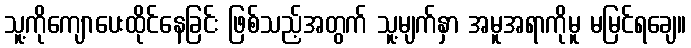
သူ့ကိုကျောပေးထိုင်နေခြင်း ဖြစ်သည့်အတွက် သူ့မျက်နှာ အမူအရာကိုမူ မမြင်ရချေ။